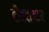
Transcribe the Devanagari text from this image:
टीएसआर